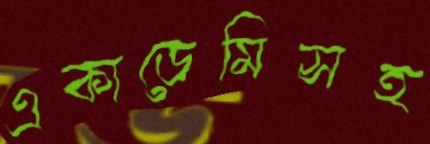
একাডেমিসহ